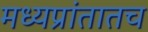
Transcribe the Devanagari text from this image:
मध्यप्रांतातच